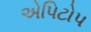
એપિટોપ